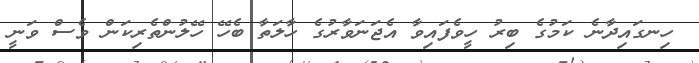
ހިނގައިދާނެ ކަމުގެ ބިރު ހީވެފައިވާ އެޖަނަވާރުގެ ހާލަތާ ބެހޭ ހޭލުންތެރިކަން ވެސް ވަނީ